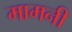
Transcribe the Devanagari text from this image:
मामनी